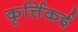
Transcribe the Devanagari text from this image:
कृर्त्तिकई